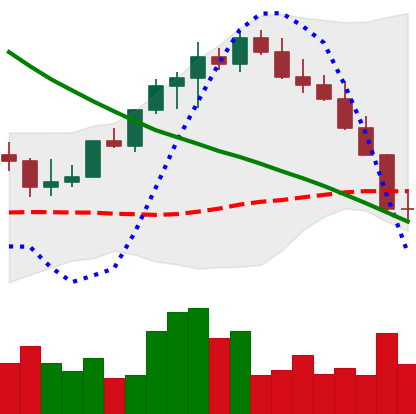
Ticker: LINK-USD
Chart end date: 2022-08-20
Forward return: 3.304%
Label: up_3_5